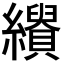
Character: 𦇣